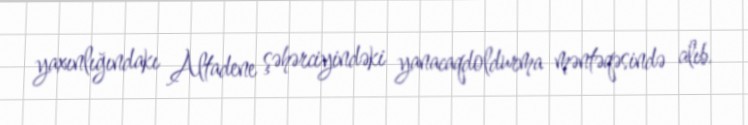
yaxınlığındakı Altadene şəhərciyindəki yanacaqdoldurma məntəqəsində alıb.